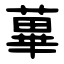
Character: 蓽